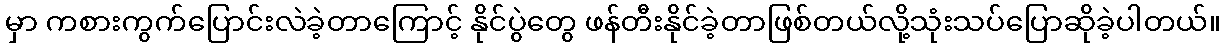
မှာ ကစားကွက်ပြောင်းလဲခဲ့တာကြောင့် နိုင်ပွဲတွေ ဖန်တီးနိုင်ခဲ့တာဖြစ်တယ်လို့သုံးသပ်ပြောဆိုခဲ့ပါတယ်။